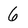
Character: 6